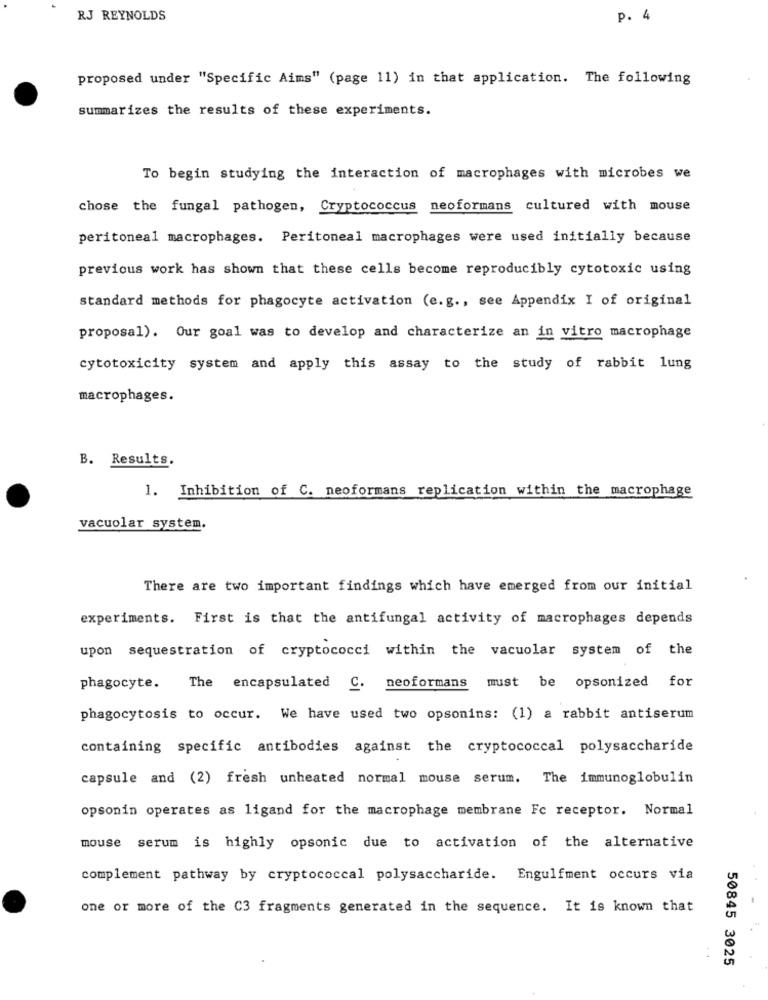
RJ REYNOLDS
p. 4
proposed under "Specific Aims" (page 11) in that application. The following
summarizes the results of these experiments.
To begin studying the interaction of macrophages with microbes we
chose the fungal pathogen, Cryptococcus neoformans
cultured with mouse
peritoneal macrophages. Peritoneal macrophages were used initially because
previous work has shown that these cells become reproducibly cytotoxic using
standard methods for phagocyte activation (e.g ., see Appendix I of original
proposal). Our goal was to develop and characterize an in vitro macrophage
cytotoxicity system and apply this assay to the study of rabbit lung
macrophages.
B. Results.
1. Inhibition of C. neoformans replication within the macrophage
vacuolar system.
There are two important findings which have emerged from our initial
experiments. First is that the antifungal activity of macrophages depends
upon sequestration of cryptococci within the vacuolar system of the
phagocyte.
The encapsulated C. neoformans must be opsonized for
phagocytosis to occur. We have used two opsonins: (1) a rabbit antiserum
containing specific antibodies against the cryptococcal polysaccharide
capsule and (2) fresh unheated normal mouse serum.
The immunoglobulin
opsonin operates as ligand for the macrophage membrane Fc receptor. Normal
mouse serum is highly opsonic due to activation of the alternative
complement pathway by cryptococcal polysaccharide. Engulfment occurs via
one or more of the C3 fragments generated in the sequence. It is known that
50845 3025